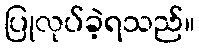
ပြုလုပ်ခဲ့ရသည်။